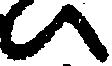
い